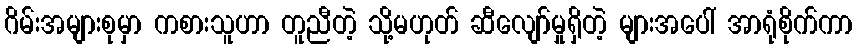
ဂိမ်းအများစုမှာ ကစားသူဟာ တူညီတဲ့ သို့မဟုတ် ဆီလျော်မှုရှိတဲ့ များအပေါ် အာရုံစိုက်ကာ